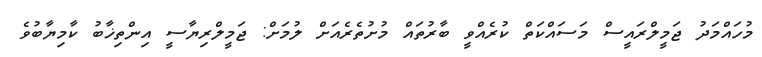
މުހައްމަދު ޖަމީލްރައީސް މަސައްކަތް ކުރެއްވީ ބާރުތައް މުށުތެރެއަށް ލުމަށް: ޖަމީލްރިޔާސީ އިންތިޚާބު ކާމިޔާބުވެ